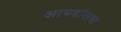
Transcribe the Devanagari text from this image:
आयडॉलचा